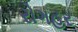
રોગહર